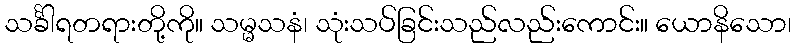
သင်္ခါရတရားတို့ကို။ သမ္မသနံ၊ သုံးသပ်ခြင်းသည်လည်းကောင်း။ ယောနိသော၊